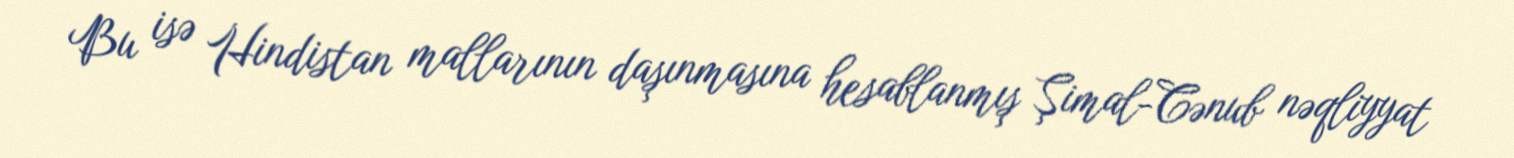
Bu isə Hindistan mallarının daşınmasına hesablanmış Şimal-Cənub nəqliyyat